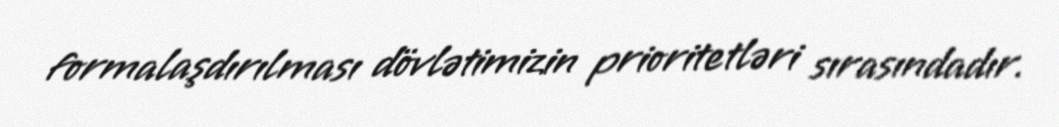
formalaşdırılması dövlətimizin prioritetləri sırasındadır.